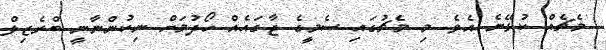
މެޗެއް ކުޅޭނެ އެވެ. މި މެޗުގައި ސެމީގެ ޖާގައެއް ހޯދުމަށް ނިކުންނާނީ ބްރެޒިލް